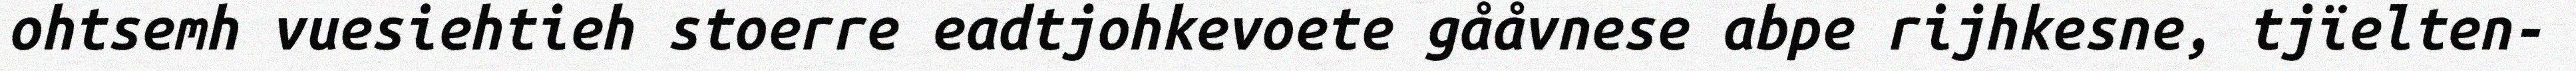
ohtsemh vuesiehtieh stoerre eadtjohkevoete gååvnese abpe rijhkesne, tjïelten-